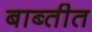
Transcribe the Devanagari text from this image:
बाब्तीत